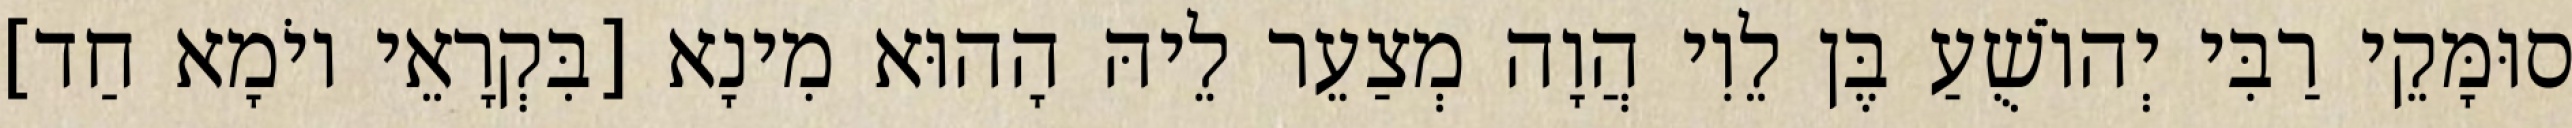
סוּמָּקֵי רַבִּי יְהוֹשֻׁעַ בֶּן לֵוִי הֲוָה מְצַעֵר לֵיהּ הָהוּא מִינָא [בִּקְרָאֵי יוֹמָא חַד]